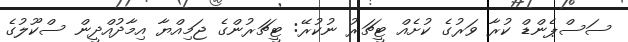
ސަސްޕެންޑް ކުރާ ވަރުގެ ކުށެއް ޓީޗަރު ނުކުރޭ: ޓީޗަރުންގެ ޖަމިއްޔާ އިމާދުއްދީން ސްކޫލުގެ